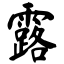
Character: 露